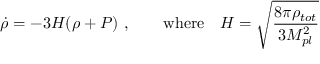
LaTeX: \dot { \rho } = - 3 H ( \rho + P ) ~ , \qquad \mathrm { w h e r e } \quad H = \sqrt { \frac { 8 \pi \rho _ { t o t } } { 3 M _ { p l } ^ { 2 } } }